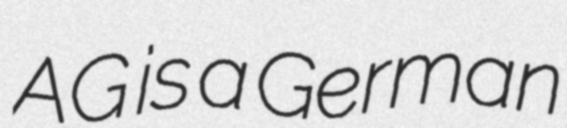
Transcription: AG is a German